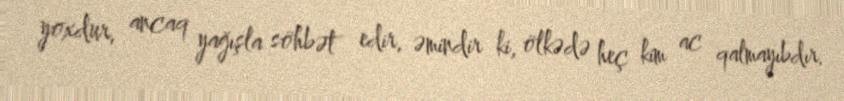
yoxdur, ancaq yağışla söhbət edir, əmindir ki, ölkədə heç kim ac qalmayıbdır.